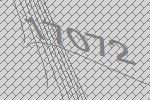
17072